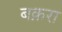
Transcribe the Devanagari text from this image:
बक़रा